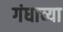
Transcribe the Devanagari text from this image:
गंधाच्या